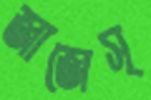
জাজেস্